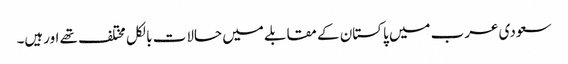
سعودی عرب میں پاکستان کے مقابلے میں حالات بالکل مختلف تھے اورہیں۔